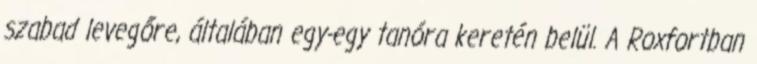
szabad levegőre, általában egy-egy tanóra keretén belül. A Roxfortban